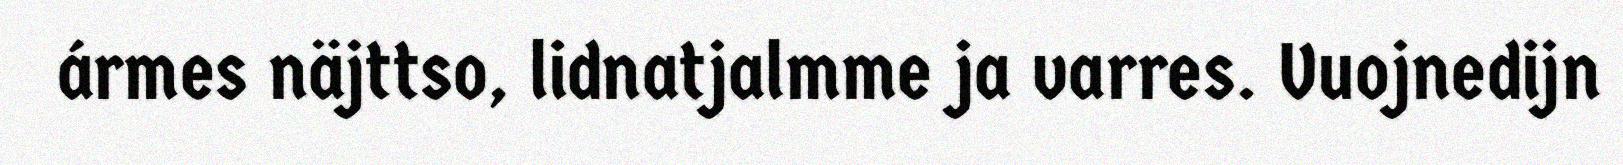
ármes näjttso, lidnatjalmme ja varres. Vuojnedijn